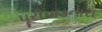
પૂરીપાડનારા